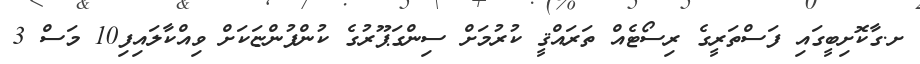
ށ.ގާކޮށިބީގައި ފަސްތަރީގެ ރިސޯޓެއް ތަރައްޤީ ކުރުމަށް ސިންގަޕޫރުގެ ކުންފުންޏަކަށް ވިއްކާލައިފި10 މަސް 3